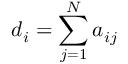
d _ { i } = \sum _ { j = 1 } ^ { N } a _ { i j }